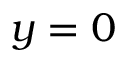
y = 0